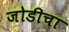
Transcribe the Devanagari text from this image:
जोडीचा